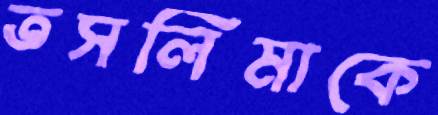
তসলিমাকে